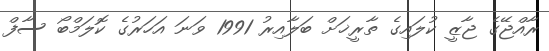
ރާއްޖޭގެ ޖާޒީ ކުލައިގެ ތާރީޚަށް ބަލާއިރު 1991 ވަނަ އަހަރުގެ ކޮލަމްބޯ ސާފް